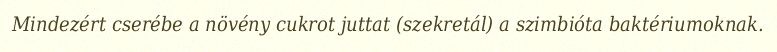
Mindezért cserébe a növény cukrot juttat (szekretál) a szimbióta baktériumoknak.